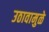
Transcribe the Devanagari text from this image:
उठावामुळे